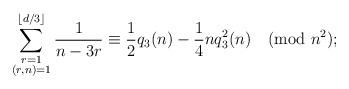
LaTeX: \begin{align*}\sum_{\substack{r=1\\ (r,n)=1}}^{\lfloor d/3\rfloor}\frac{1}{n-3r}\equiv \frac{1}{2}q_3(n)-\frac{1}{4}nq_3^2(n) \pmod{n^2};\end{align*}